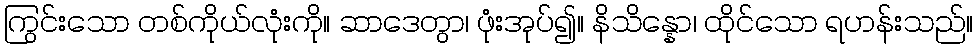
ကြွင်းသော တစ်ကိုယ်လုံးကို။ ဆာဒေတွာ၊ ဖုံးအုပ်၍။ နိသိန္နော၊ ထိုင်သော ရဟန်းသည်။